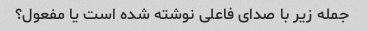
جمله زیر با صدای فاعلی نوشته شده است یا مفعول؟